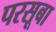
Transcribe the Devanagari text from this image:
परसूबा